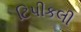
ટિપીકલી